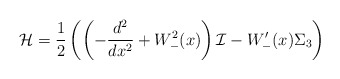
\begin{align*}{\cal H}=\frac{1}{2}\left(\left(-\frac{d^2}{dx^2}+W^2_-(x)\right){\cal I}-W'_-(x)\Sigma_3\right)\end{align*}